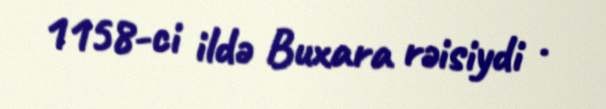
1158-ci ildə Buxara rəisiydi .